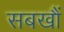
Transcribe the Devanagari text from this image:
सबखौं